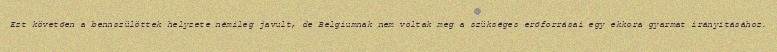
Ezt követően a bennszülöttek helyzete némileg javult, de Belgiumnak nem voltak meg a szükséges erőforrásai egy ekkora gyarmat irányításához.